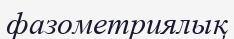
фазометриялық